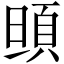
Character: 𩑰